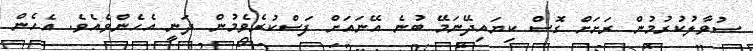
ސުވާލުކުރުމުން ރަށަށް ގޮސް ކިޔައިދޭނަމޭ ބުނެ އޭނައަށް ފަސްކުރެވެމުން ދަނީ އެހެންވެއެވެ. އެހެން